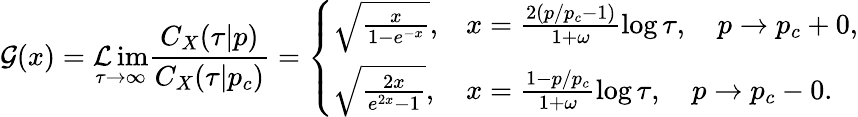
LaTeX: \mathcal{G}(x)=\operatorname*{\mathcal{L}im}_{\tau\rightarrow\infty}\frac{{C_{X}(\tau|p)}}{{C_{X}(\tau|p_{c})}}=\left\{ \begin{array}{ll}{\sqrt{\frac{x}{1-e^{-x}}},}&{x=\frac{2(p/p_{c}-1)}{1+\omega}\log\tau,\quad p\rightarrow p_{c}+0,}\\ {\sqrt{\frac{2x}{e^{2x}-1}},}&{x=\frac{1-p/p_{c}}{1+\omega}\log\tau,\quad p\rightarrow p_{c}-0.}\end{array}\right.